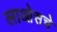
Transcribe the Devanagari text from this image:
लाओसचे